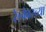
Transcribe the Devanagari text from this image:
रेल्वेवरच्या